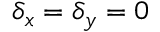
\delta _ { x } = \delta _ { y } = 0